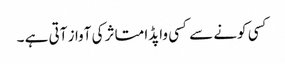
کسی کونے سے کسی واپڈا متاثر کی آواز آتی ہے ۔